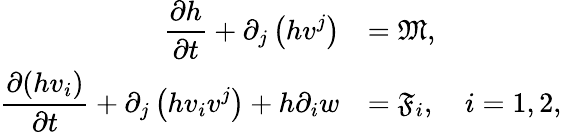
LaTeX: \begin{array}{rl}{\displaystyle\frac{\partial h}{\partial t}+\partial_{j}\left(hv^{j}\right)}&{=\mathfrak{M},}\\ {\displaystyle\frac{\partial(hv_{i})}{\partial t}+\partial_{j}\left(hv_{i}v^{j}\right)+h\partial_{i}w}&{=\mathfrak{F}_{i},\quad i=1,2,}\end{array}